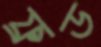
ফ্রড